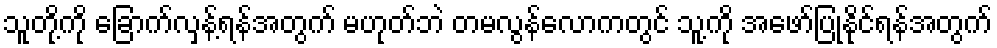
သူတို့ကို ခြောက်လှန့်ရန်အတွက် မဟုတ်ဘဲ တမလွန်လောကတွင် သူ့ကို အဖော်ပြုနိုင်ရန်အတွက်